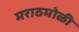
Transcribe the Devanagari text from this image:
मराठमोळी